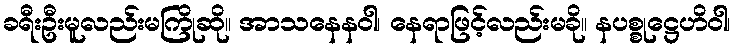
ခရီးဦးမူလည်းမကြိုဆို။ အာသနေနဝါ၊ နေရာဖြင့်လည်းမခို။ နပစ္စုဋ္ဌေဟိဝါ၊